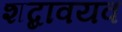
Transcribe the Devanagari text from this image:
शब्दावयव